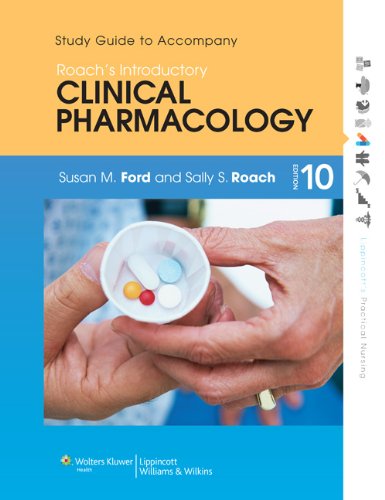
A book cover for Study Guide to Accompany Roach's Introductory Clinical Pharmacology (Lippincott's Practical Nursing); Susan M. Ford MN  RN  CNE; Medical Books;